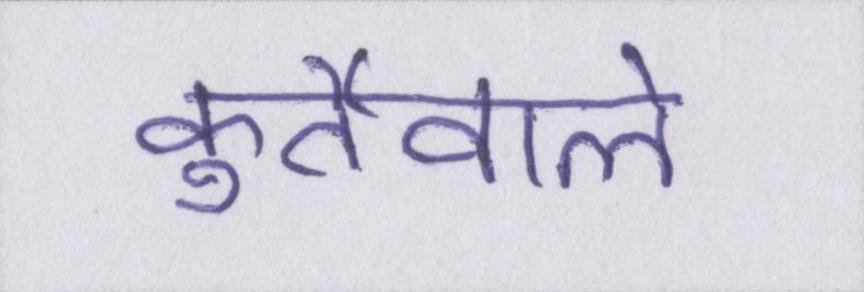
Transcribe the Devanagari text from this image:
कुर्तेवाले